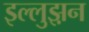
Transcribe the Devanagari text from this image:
इल्लुझ़न